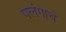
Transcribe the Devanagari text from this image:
पलंगाचे